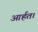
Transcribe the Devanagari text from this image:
आर्हत।